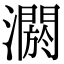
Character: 𤂷